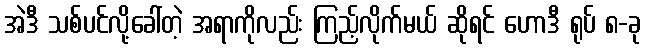
အဲဒီ သစ်ပင်လို့ခေါ်တဲ့ အရာကိုလည်း ကြည့်လိုက်မယ် ဆိုရင် ဟောဒီ ရုပ် ၈-ခု